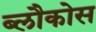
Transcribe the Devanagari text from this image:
ब्लौकोस